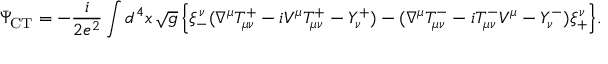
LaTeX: \bar { \Psi } _ { \mathrm { C T } } = - \frac { i } { 2 e ^ { 2 } } \int d ^ { 4 } x \, \sqrt { g } \, \Bigr \{ \xi _ { - } ^ { \nu } ( \nabla ^ { \mu } T _ { \mu \nu } ^ { + } - i V ^ { \mu } T _ { \mu \nu } ^ { + } - Y _ { \nu } ^ { + } ) - ( \nabla ^ { \mu } T _ { \mu \nu } ^ { - } - i T _ { \mu \nu } ^ { - } V ^ { \mu } - Y _ { \nu } ^ { - } ) \xi _ { + } ^ { \nu } \Bigr \} .